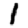
Digit: 1